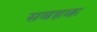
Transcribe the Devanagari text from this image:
सबहक